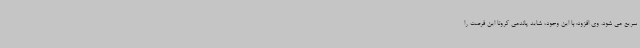
سریع می شود. وی افزود: با این وجود، شاید پاندمی کرونا این فرصت را